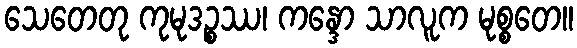
သေတေတု ကုမုဒဉ္စဿ၊ ကန္ဒော သာလူက မုစ္စတေ။